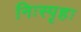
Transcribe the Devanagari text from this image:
निःस्पृहः